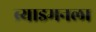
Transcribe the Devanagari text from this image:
ब्र्याडमनला